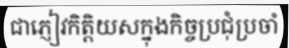
ជាភ្ញៀវកិត្តិយសក្នុងកិច្ចប្រជុំប្រចាំ